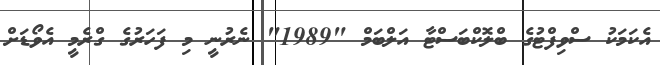
އެކަމަކު ސްވިފްޓުގެ ބްލޮކްބަސްޓާ އަލްބަމް "1989" ނެރުނީ މި ފަހަރުގެ ގްރެމީ އެވޯޑަށް